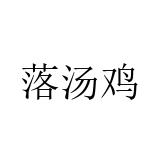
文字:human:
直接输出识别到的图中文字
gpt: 落汤鸡